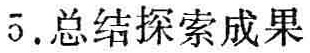
5. 总结探索成果